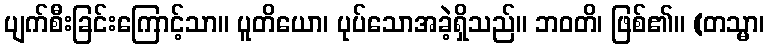
ပျက်စီးခြင်းကြောင့်သာ။ ပူတိယော၊ ပုပ်သောအခဲ့ရှိသည်။ ဘဝတိ၊ ဖြစ်၏။ (တသ္မာ၊